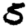
Digit: 5